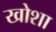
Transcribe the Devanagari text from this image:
खोशा